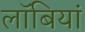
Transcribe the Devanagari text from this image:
लॉबियां